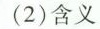
(2)含义